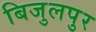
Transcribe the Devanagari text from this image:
बिजुलपुर